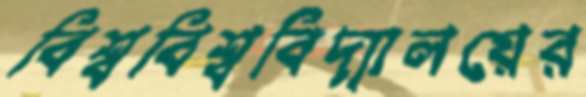
বিশ্ববিশ্ববিদ্যালয়ের